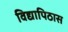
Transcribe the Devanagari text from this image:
विद्यापिठास